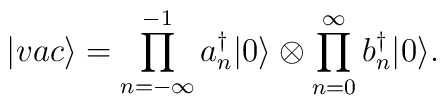
|vac \rangle =                  \prod_{n=-\infty}^{-1}a_n^\dagger |0 \rangle \otimes                  \prod_{n=0}^{\infty}b_n^\dagger |0 \rangle.